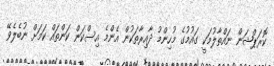
ކޮރަޕްޝަން ނައްތާލުމަކީ ގައުމުގެ މުހިންމު ދާއިރާތަކުން އެންމެ އިސްކަން ކަންތައް ކަމަށް ނުބެލެވޭ